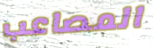
المصاعب